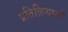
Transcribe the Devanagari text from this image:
प्रतिक्रियाआें